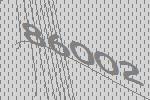
86002